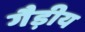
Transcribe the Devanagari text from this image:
गैड़ीय